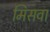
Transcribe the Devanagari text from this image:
मिसवा